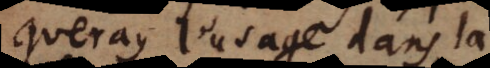
queray l’usage dans la